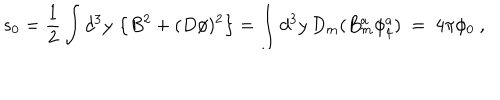
s _ { 0 } = \frac { 1 } { 2 } \int d ^ { 3 } y \, \left\{ B ^ { 2 } + ( D \phi ) ^ { 2 } \right\} = \int d ^ { 3 } y \, D _ { m } ( B _ { m } ^ { a } \phi _ { 4 } ^ { a } ) \ = \ 4 \pi \phi _ { 0 } \ ,